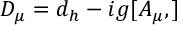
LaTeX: { \cal { D } } _ { \mu } = d _ { h } - i g [ A _ { \mu } , ]